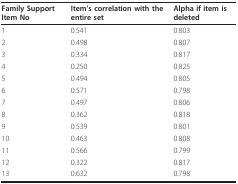
<table><thead><tr><td><b>Family Support Item No</b></td><td><b>Item&#x27;s correlation with the entire set</b></td><td><b>Alpha if item is deleted</b></td></tr></thead><tbody><tr><td>1</td><td>0.541</td><td>0.803</td></tr><tr><td>2</td><td>0.498</td><td>0.807</td></tr><tr><td>3</td><td>0.334</td><td>0.817</td></tr><tr><td>4</td><td>0.250</td><td>0.825</td></tr><tr><td>5</td><td>0.494</td><td>0.805</td></tr><tr><td>6</td><td>0.571</td><td>0.798</td></tr><tr><td>7</td><td>0.497</td><td>0.806</td></tr><tr><td>8</td><td>0.362</td><td>0.818</td></tr><tr><td>9</td><td>0.539</td><td>0.801</td></tr><tr><td>10</td><td>0.463</td><td>0.808</td></tr><tr><td>11</td><td>0.566</td><td>0.799</td></tr><tr><td>12</td><td>0.322</td><td>0.817</td></tr><tr><td>13</td><td>0.632</td><td>0.798</td></tr></tbody></table>